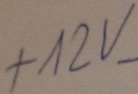
Text: +12V